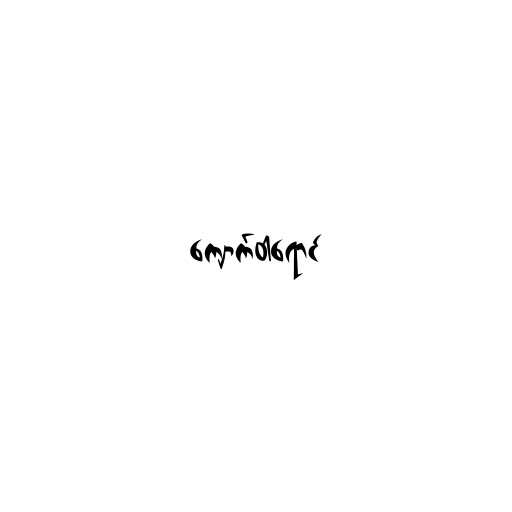
ကျောက်ဝါရောင်